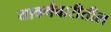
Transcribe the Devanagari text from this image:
यावर्गवारीतील